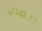
الضال